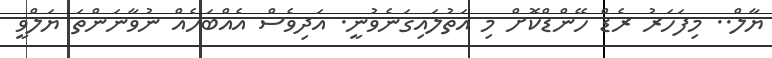
ޔާލް.. މިފަހަރު ރެޑް ހޭންޑްކޮށް މި އަތުލައިގަނެވުނީ. އަދިވެސް އެއްބަހެއް ނުވާނަންތަ ޔަލްވީ